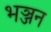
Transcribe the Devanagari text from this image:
भञ्जन